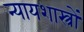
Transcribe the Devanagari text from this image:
न्यायशास्त्रों